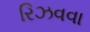
રિઝવવા